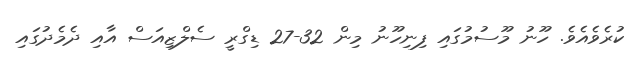
ކުރެވެއެވެ. ހޫނު މޫސުމުގައި ފިނިހޫނު މިން 32-27 ޑިގްރީ ސެލްޒިއަސް އާއި ދެމެދުގައި